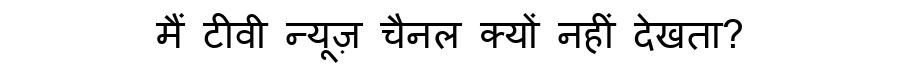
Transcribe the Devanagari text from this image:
मैं टीवी न्यूज़ चैनल क्यों नहीं देखता?